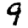
Digit: 9